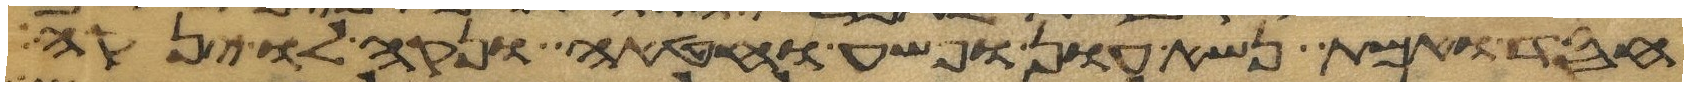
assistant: חסד ואמת נשא עון ופשע וחטאה ונקה לו ינקה